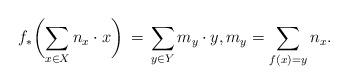
LaTeX: \begin{align*} f_*\biggl( \sum_{x\in X} n_x \cdot x\biggr) \,=\, \sum_{y\in Y} m_y\cdot y, m_y = \sum_{f(x)=y} n_x. \end{align*}